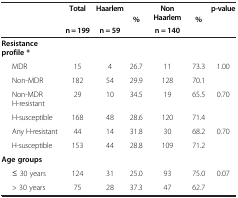
<table><thead><tr><td><b> </b></td><td><b>Total</b></td><td><b>Haarlem</b></td><td><b> </b></td><td><b>Non</b></td><td><b> </b></td><td><b>p-value</b></td></tr><tr><td><b> </b></td><td><b> </b></td><td><b> </b></td><td><b>%</b></td><td><b>Haarlem</b></td><td><b>%</b></td><td><b> </b></td></tr><tr><td><b> </b></td><td><b>n = 199</b></td><td><b>n = 59</b></td><td><b> </b></td><td><b>n = 140</b></td><td><b> </b></td><td><b> </b></td></tr></thead><tbody><tr><td><b>Resistance</b></td><td> </td><td> </td><td> </td><td> </td><td> </td><td> </td></tr><tr><td><b>profile *</b></td><td> </td><td> </td><td> </td><td> </td><td> </td><td> </td></tr><tr><td>MDR</td><td>15</td><td>4</td><td>26.7</td><td>11</td><td>73.3</td><td>1.00</td></tr><tr><td>Non-MDR</td><td>182</td><td>54</td><td>29.9</td><td>128</td><td>70.1</td><td> </td></tr><tr><td>Non-MDR H-resistant</td><td>29</td><td>10</td><td>34.5</td><td>19</td><td>65.5</td><td>0.70</td></tr><tr><td>H-susceptible</td><td>168</td><td>48</td><td>28.6</td><td>120</td><td>71.4</td><td> </td></tr><tr><td>Any H-resistant</td><td>44</td><td>14</td><td>31.8</td><td>30</td><td>68.2</td><td>0.70</td></tr><tr><td>H-susceptible</td><td>153</td><td>44</td><td>28.8</td><td>109</td><td>71.2</td><td> </td></tr><tr><td><b>Age groups</b></td><td> </td><td> </td><td> </td><td> </td><td> </td><td> </td></tr><tr><td>≤ 30 years</td><td>124</td><td>31</td><td>25.0</td><td>93</td><td>75.0</td><td>0.07</td></tr><tr><td>&gt; 30 years</td><td>75</td><td>28</td><td>37.3</td><td>47</td><td>62.7</td><td> </td></tr></tbody></table>